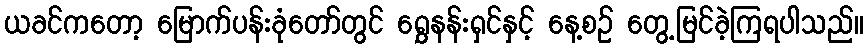
ယခင်ကတော့ မြောက်ပန်းခုံတော်တွင် ရွှေနန်းရှင်နှင့် နေ့စဉ် တွေ့မြင်ခဲ့ကြရပါသည်။